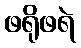
ဖရိုဖရဲ